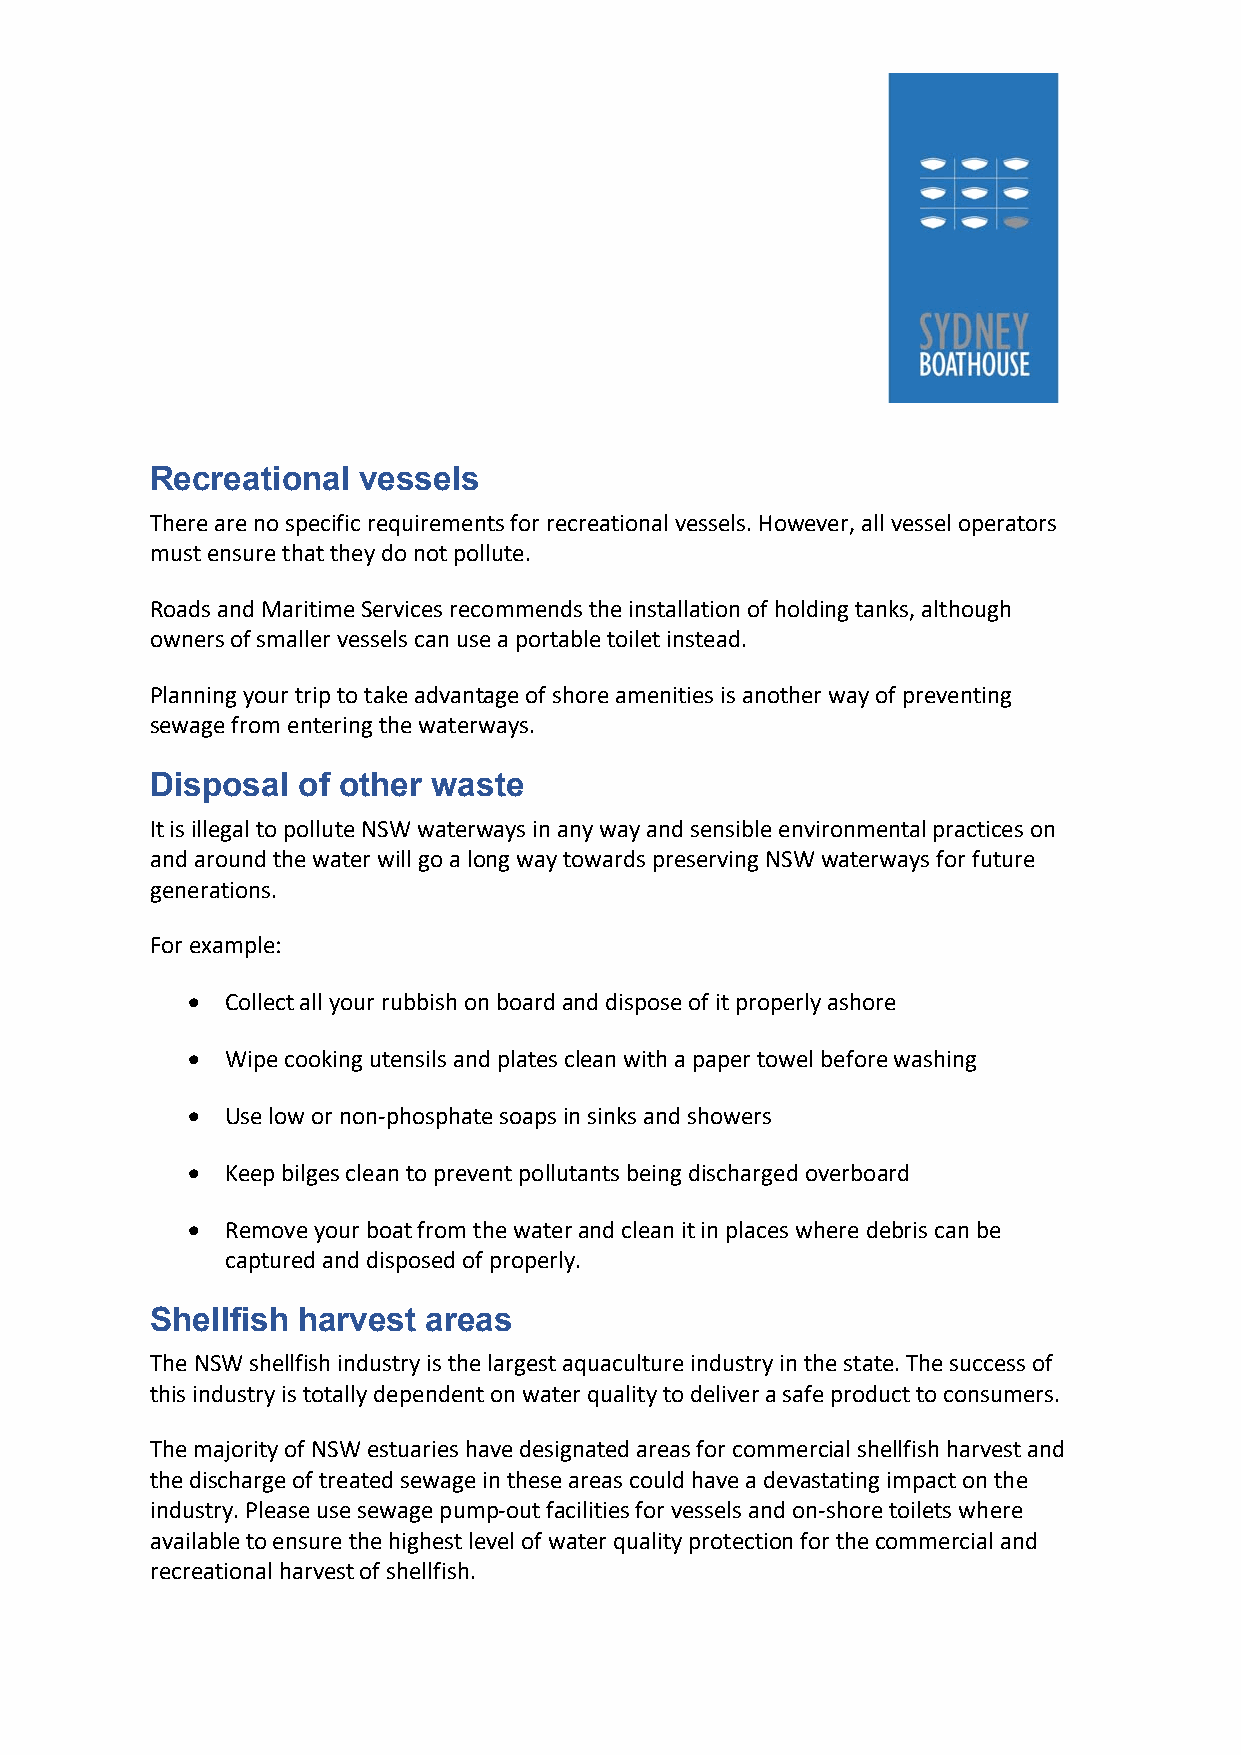
Recreational  vessels
 There are no specific requirements for recreational vessels. However, all vessel operators
 must ensure that they do not pollute.
 Roads and Maritime Services recommends the installation of holding tanks, although
 owners of smaller vessels can use a portable toilet instead.
 Planning your trip to take advantage of shore amenities is another way of preventing
 sewage from entering the waterways.
 Disposal  of other waste
 It is illegal to pollute NSW waterways in any way and sensible environmental practices on
 and around the water will go a long way towards preserving NSW waterways for future
 generations.
 For example:
   Collect all your rubbish on board and dispose of it properly ashore
   Wipe cooking utensils and plates clean with a paper towel before washing
   Use low or non‐phosphate soaps in sinks and showers
   Keep bilges clean to prevent pollutants being discharged overboard
   Remove your boat from the water and clean it in places where debris can be
 captured and disposed of properly.
 Shellfish harvest areas
 The NSW shellfish industry is the largest aquaculture industry in the state. The success of
 this industry is totally dependent on water quality to deliver a safe product to consumers.
 The majority of NSW estuaries have designated areas for commercial shellfish harvest and
 the discharge of treated sewage in these areas could have a devastating impact on the
 industry. Please use sewage pump‐out facilities for vessels and on‐shore toilets where
 available to ensure the highest level of water quality protection for the commercial and
 recreational harvest of shellfish.